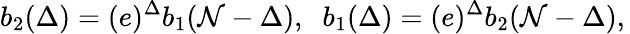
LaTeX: b_{2}(\Delta)=(e)^{\Delta}b_{1}(\mathcal{N}-\Delta),\; \; b_{1}(\Delta)=(e)^{\Delta}b_{2}(\mathcal{N}-\Delta),\,